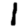
Digit: 1